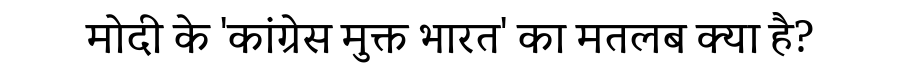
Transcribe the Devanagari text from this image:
मोदी के 'कांग्रेस मुक्त भारत' का मतलब क्या है?